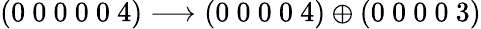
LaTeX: (0~0~0~0~0~4)\longrightarrow(0~0~0~0~4)\oplus(0~0~0~0~3)